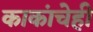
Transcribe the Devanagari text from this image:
काकांचेही